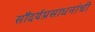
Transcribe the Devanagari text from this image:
सौंदर्यप्रसाधनांची